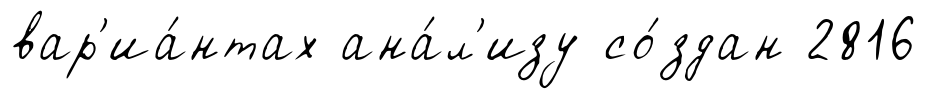
вар'иа́нтах ана́л'изу со́здан 2816